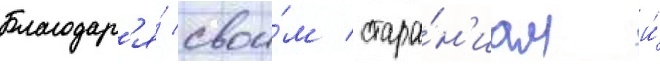
Благодар'я́ свои́м стара́н'иам и́